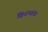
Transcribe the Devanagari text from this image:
विनंत्यांचा